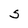
Character: S